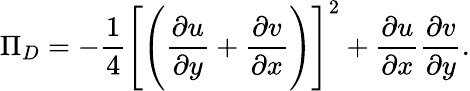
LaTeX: \Pi_{D}=-\frac{1}{4}\Bigg[\Bigg(\frac{\partial u}{\partial y}+\frac{\partial v}{\partial x}\Bigg)\Bigg]^{2}+\frac{\partial u}{\partial x}\frac{\partial v}{\partial y}.